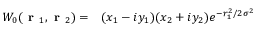
\begin{array} { r l } { W _ { 0 } ( \textbf { r } _ { 1 } , \textbf { r } _ { 2 } ) = } & { { } ( x _ { 1 } - i y _ { 1 } ) ( x _ { 2 } + i y _ { 2 } ) e ^ { - r _ { 1 } ^ { 2 } / 2 \sigma ^ { 2 } } } \end{array}